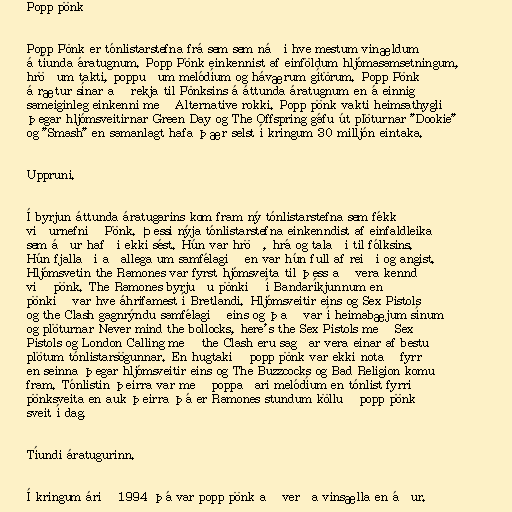
Popp pönk

Popp Pönk er tónlistarstefna frá sem sem náði hve mestum vinældum
á tíunda áratugnum. Popp Pönk einkennist af einföldum hljómasamsetningum,
hröðum takti, poppuðum melódíum og háværum gítörum. Popp Pönk
á rætur sínar að rekja til Pönksins á áttunda áratugnum en á einnig
sameiginleg einkenni með Alternative rokki. Popp pönk vakti heimsathygli
þegar hljómsveitirnar Green Day og The Offspring gáfu út plöturnar "Dookie"
og "Smash" en samanlagt hafa þær selst í kringum 30 milljón eintaka.

Uppruni.

Í byrjun áttunda áratugarins kom fram ný tónlistarstefna sem fékk
viðurnefnið Pönk. Þessi nýja tónlistarstefna einkenndist af einfaldleika
sem áður hafði ekki sést. Hún var hröð, hrá og talaði til fólksins.
Hún fjallaði aðallega um samfélagið en var hún full af reiði og angist.
Hljómsvetin the Ramones var fyrst hjómsveita til þess að vera kennd
við pönk. The Ramones byrjuðu pönkið í Bandaríkjunnum en
pönkið var hve áhrifamest í Bretlandi. Hljómsveitir eins og Sex Pistols
og the Clash gagnrýndu samfélagið eins og það var í heimabæjum sínum
og plöturnar Never mind the bollocks, here's the Sex Pistols með Sex
Pistols og London Calling með the Clash eru sagðar vera einar af bestu
plötum tónlistarsögunnar. En hugtakið popp pönk var ekki notað fyrr
en seinna þegar hljómsveitir eins og The Buzzcocks og Bad Religion komu
fram. Tónlistin þeirra var með poppaðari melódíum en tónlist fyrri
pönksveita en auk þeirra þá er Ramones stundum kölluð popp pönk
sveit í dag.

Tíundi áratugurinn.

Í kringum árið 1994 þá var popp pönk að verða vinsælla en áður.